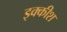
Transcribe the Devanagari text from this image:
इक्कीश